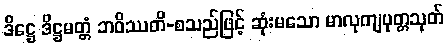
ဒိဋ္ဌေ ဒိဋ္ဌမတ္တံ ဘဝိဿတိ-စသည်ဖြင့် ဆုံးမသော မာလုကျပုတ္တသုတ်